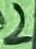
Text: 2